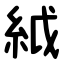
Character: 䋐